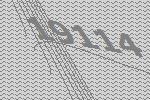
19114